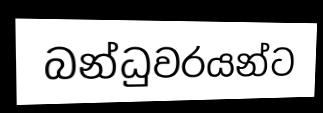
බන්ධුවරයන්ට